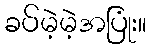
ခပ်မဲ့မဲ့အပြုံး။